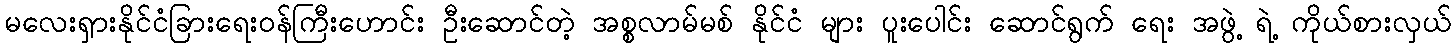
မလေးရှားနိုင်ငံခြားရေးဝန်ကြီးဟောင်း ဦးဆောင်တဲ့ အစ္စလာမ်မစ် နိုင်ငံ များ ပူးပေါင်း ဆောင်ရွက် ရေး အဖွဲ့ ရဲ့ ကိုယ်စားလှယ်